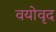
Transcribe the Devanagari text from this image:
वयोवृद